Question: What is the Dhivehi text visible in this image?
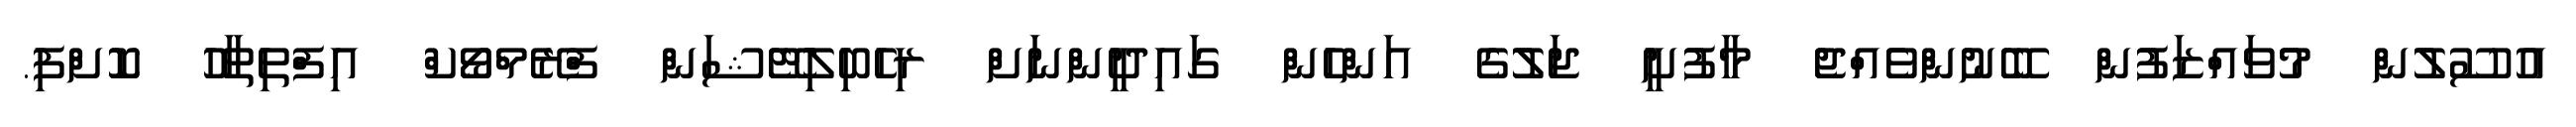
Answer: އުސޫލުން މުވައްޒަފުން ބޭނުންވެއްޖެ މާފުށީ ޖަލުގެ އަންހެން ގައިދީންނަށް ރިހެބިލިޓޭޝަން ފްރޭމްވޯކް އިފްތިތާހު ކޮށްފި.